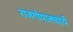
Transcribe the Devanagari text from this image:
राजगोपालचार्य